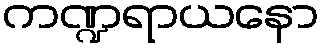
ကဏ္ဍရာယနော